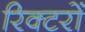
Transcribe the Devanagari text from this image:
रिक्टरों